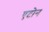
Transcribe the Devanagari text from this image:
एटोन